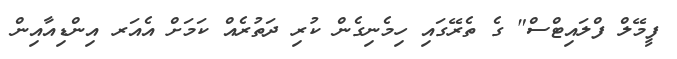
ފީމޭލް ފްލައިޓްސް" ގެ ތެރޭގައި ހިމެނިގެން ކުރި ދަތުރެއް ކަމަށް އެއަރ އިންޑިއާއިން